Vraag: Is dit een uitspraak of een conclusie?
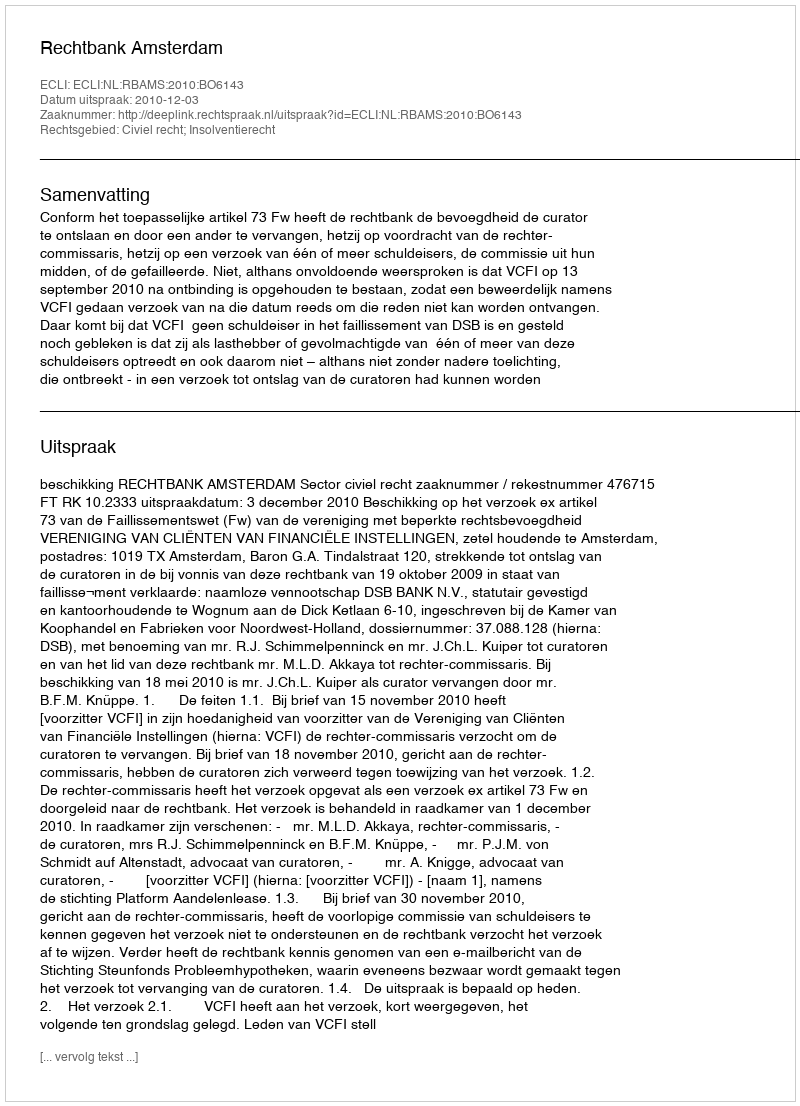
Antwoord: Uitspraak